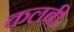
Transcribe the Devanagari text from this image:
कलबी